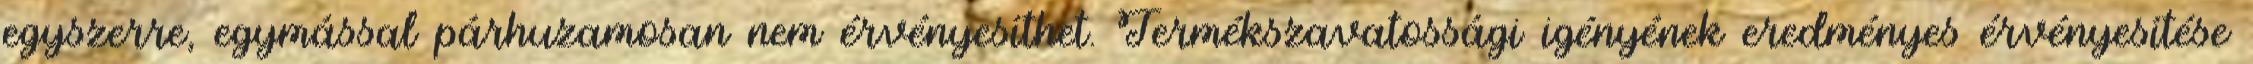
egyszerre, egymással párhuzamosan nem érvényesíthet. Termékszavatossági igényének eredményes érvényesítése